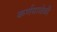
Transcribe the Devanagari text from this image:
कर्णयावेळी